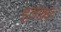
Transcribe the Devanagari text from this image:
इलाक़ो